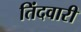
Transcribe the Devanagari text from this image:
तिंदवारी